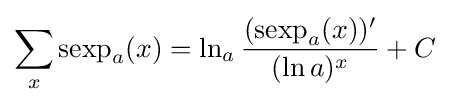
\sum _{x}\operatorname {sexp} _{a}(x)=\ln _{a}{\frac {(\operatorname {sexp} _{a}(x))'}{(\ln a)^{x}}}+C